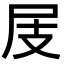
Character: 𡰸